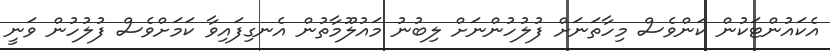
އެކައުންޓަކުން ކަންވެސް މިހާތަނަށް ފުލުހުންނަށް ލިބުނު މައުލޫމާތުން އެނގިފައިވާ ކަމަށްވެސް ފުލުހުން ވަނީ